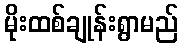
မိုးထစ်ချုန်းရွာမည်